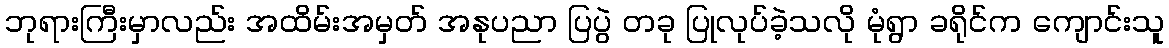
ဘုရားကြီးမှာလည်း အထိမ်းအမှတ် အနုပညာ ပြပွဲ တခု ပြုလုပ်ခဲ့သလို မုံရွာ ခရိုင်က ကျောင်းသူ